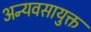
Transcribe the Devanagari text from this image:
अन्यवसायुक्त